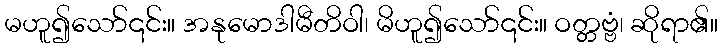
မဟူ၍သော်၎င်း။ အနုမောဒါမီတိဝါ၊ မိဟူ၍သော်၎င်း။ ဝတ္တဗ္ဗံ၊ ဆိုရာ၏။